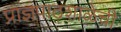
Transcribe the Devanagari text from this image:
प्राज्ञपाठशाळेची